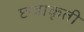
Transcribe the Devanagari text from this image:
छत्राकृती